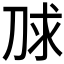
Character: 𰄮